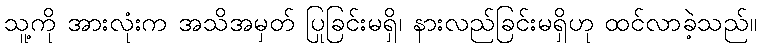
သူ့ကို အားလုံးက အသိအမှတ် ပြုခြင်းမရှိ၊ နားလည်ခြင်းမရှိဟု ထင်လာခဲ့သည်။